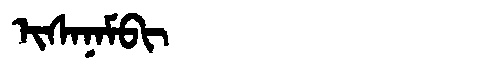
Manchu: ᡳᠰᠠᠨᠠᠮᠪᡳ
Romanization: ISANAMBI